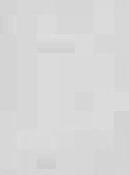
1